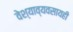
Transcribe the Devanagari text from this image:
वेश्याव्यवसायही